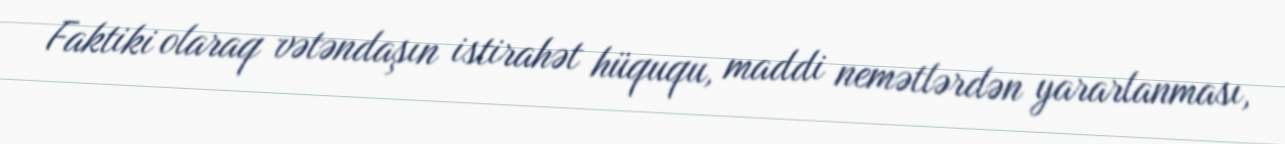
Faktiki olaraq vətəndaşın istirahət hüququ, maddi nemətlərdən yararlanması,